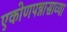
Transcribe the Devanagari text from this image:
एकोणपन्नासाव्या